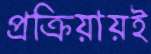
প্রক্রিয়ায়ই